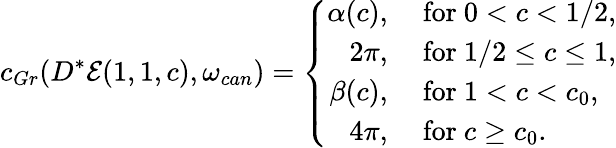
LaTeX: c_{Gr}(D^{*}\mathcal{E}(1,1,c),\omega_{can})=\left\{ \begin{array}{rl}{\alpha(c),}&{\mathrm{~for~}0<c<1/2,}\\ {2\pi,}&{\mathrm{~for~}1/2\le c\le 1,}\\ {\beta(c),}&{\mathrm{~for~}1<c<c_{0},}\\ {4\pi,}&{\mathrm{~for~}c\ge c_{0}.}\end{array}\right.